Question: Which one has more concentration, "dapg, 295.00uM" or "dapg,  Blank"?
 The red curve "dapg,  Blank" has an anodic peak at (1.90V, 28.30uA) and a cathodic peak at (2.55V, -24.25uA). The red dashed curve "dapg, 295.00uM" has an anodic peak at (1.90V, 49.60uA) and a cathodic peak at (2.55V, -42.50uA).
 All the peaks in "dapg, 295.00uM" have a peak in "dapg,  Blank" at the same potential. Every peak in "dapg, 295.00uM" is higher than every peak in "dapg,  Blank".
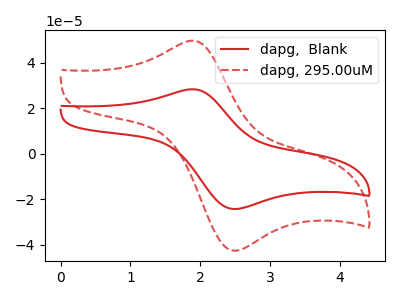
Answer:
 <answer>"dapg, 295.00uM" has more signal than "dapg,  Blank" and so likely has a higher concentration.</answer>
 <eval>more_concentration</eval>